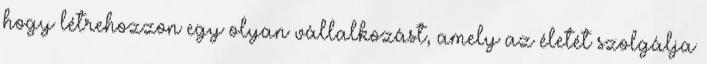
hogy létrehozzon egy olyan vállalkozást, amely az életét szolgálja